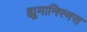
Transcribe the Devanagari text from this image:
ह्युमानिस्मस